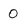
Character: O